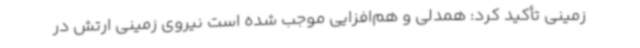
زمینی تأکید کرد: همدلی و هم‌افزایی موجب شده است نیروی زمینی ارتش در